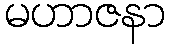
မဟာဇနာ